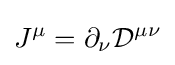
J^{\mu }=\partial _{\nu }{\mathcal {D}}^{\mu \nu }